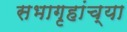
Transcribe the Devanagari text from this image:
सभागृहांच्या